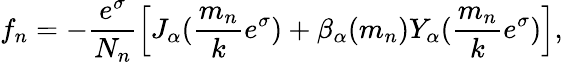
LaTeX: f_{n}=-\frac{e^{\sigma}}{N_{n}}\left[J_{\alpha}(\frac{m_{n}}{k}e^{\sigma})+\beta_{\alpha}(m_{n})Y_{\alpha}(\frac{m_{n}}{k}e^{\sigma})\right],